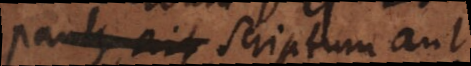
Paulus ait scriptum aut